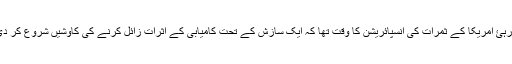
ابھی تو دورہئ امریکا کے ثمرات کی انسپائریشن کا وقت تھا کہ ایک سازش کے تحت کامیابی کے اثرات زائل کرنے کی کاوشیں شروع کر دی گئی ہیں۔